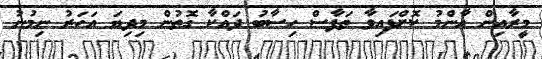
މީރާއިން އާންމު ކޮށްފައިވާ ތަފާސް ހިސާބު ދައްކާ ގޮތުން މިދިޔަ އަހަރު ނިމުނު